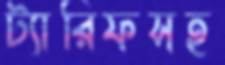
ট্যারিফসহ